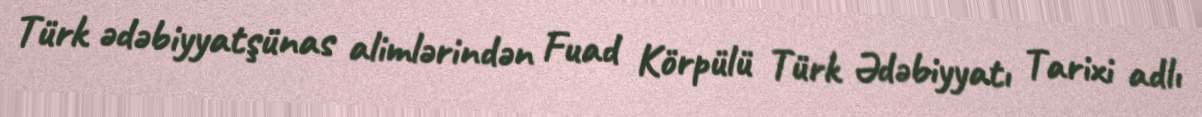
Türk ədəbiyyatşünas alimlərindən Fuad Körpülü Türk Ədəbiyyatı Tarixi adlı